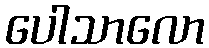
ပေါသာလော